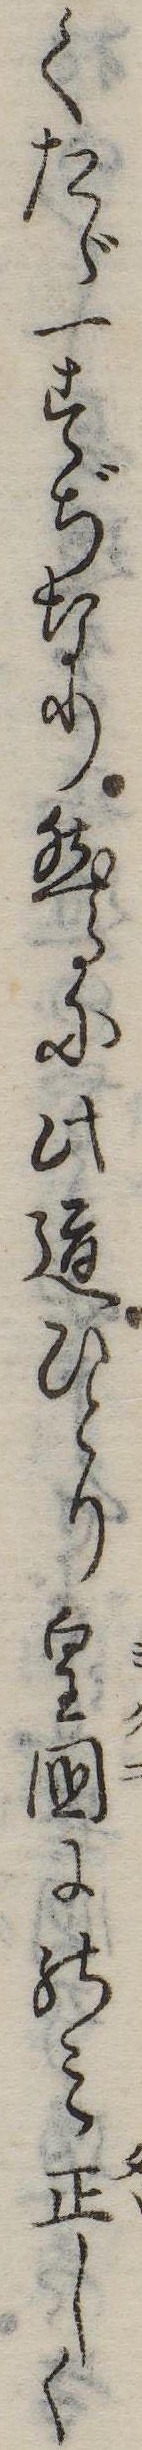
くたゞ一すぢなり然るに此道ひとり皇国にのみ正しく